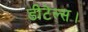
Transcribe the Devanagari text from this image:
डीटेल्स।